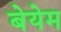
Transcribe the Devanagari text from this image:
बेयेम